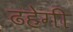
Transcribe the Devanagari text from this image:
ढहेगी